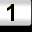
Digit: 1